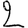
Digit: 2